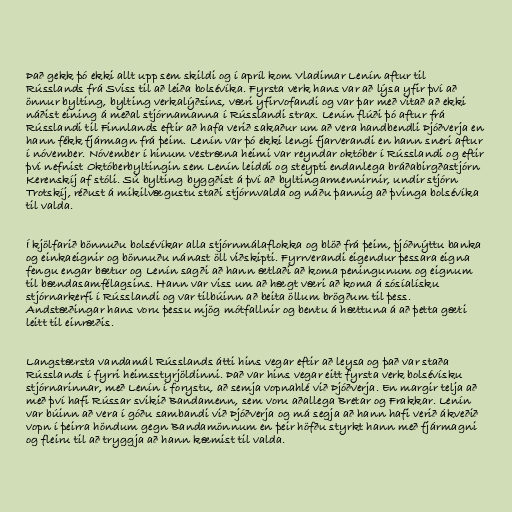
Það gekk þó ekki allt upp sem skildi og í apríl kom Vladimar Lenín aftur til
Rússlands frá Sviss til að leiða bolsévíka. Fyrsta verk hans var að lýsa yfir því að
önnur bylting, bylting verkalýðsins, væri yfirvofandi og var þar með vitað að ekki
náðist eining á meðal stjórnamanna í Rússlandi strax. Lenín flúði þó aftur frá
Rússlandi til Finnlands eftir að hafa verið sakaður um að vera handbendli Þjóðverja en
hann fékk fjármagn frá þeim. Lenín var þó ekki lengi fjarverandi en hann sneri aftur
í nóvember. Nóvember í hinum vestræna heimi var reyndar október í Rússlandi og eftir
því nefnist Októberbyltingin sem Lenín leiddi og steypti endanlega bráðabirgðastjórn
Kerenskíj af stóli. Sú bylting byggðist á því að byltingarmennirnir, undir stjórn
Trotskíj, réðust á mikilvægustu staði stjórnvalda og náðu þannig að þvinga bolsévíka
til valda.

Í kjölfarið bönnuðu bolsévíkar alla stjórnmálaflokka og blöð frá þeim, þjóðnýttu banka
og einkaeignir og bönnuðu nánast öll viðskipti. Fyrrverandi eigendur þessara eigna
fengu engar bætur og Lenín sagði að hann ætlaði að koma peningunum og eignum
til bændasamfélagsins. Hann var viss um að hægt væri að koma á sósíalísku
stjórnarkerfi í Rússlandi og var tilbúinn að beita öllum brögðum til þess.
Andstæðingar hans voru þessu mjög mótfallnir og bentu á hættuna á að þetta gæti
leitt til einræðis.

Langstærsta vandamál Rússlands átti hins vegar eftir að leysa og það var staða
Rússlands í fyrri heimsstyrjöldinni. Það var hins vegar eitt fyrsta verk bolsévísku
stjórnarinnar, með Lenín í forystu, að semja vopnahlé við Þjóðverja. En margir telja að
með því hafi Rússar svikið Bandamenn, sem voru aðallega Bretar og Frakkar. Lenín
var búinn að vera í góðu sambandi við Þjóðverja og má segja að hann hafi verið ákveðið
vopn í þeirra höndum gegn Bandamönnum en þeir höfðu styrkt hann með fjármagni
og fleiru til að tryggja að hann kæmist til valda.